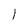
Character: l